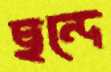
ছন্দে